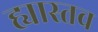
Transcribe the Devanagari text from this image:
ह्यास्तव